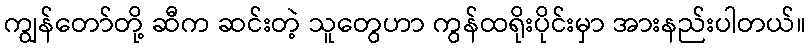
ကျွန်တော်တို့ ဆီက ဆင်းတဲ့ သူတွေဟာ ကွန်ထရိုးပိုင်းမှာ အားနည်းပါတယ်။